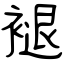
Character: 褪